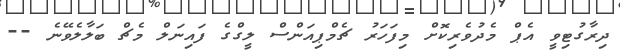
ދިރާގުޓިވީ އެޕް މެދުވެރިކޮށް މިފަހަރު ޗެމްޕިއަންސް ލީގްގެ ފައިނަލް މެޗް ބަލާލެވޭނެ --